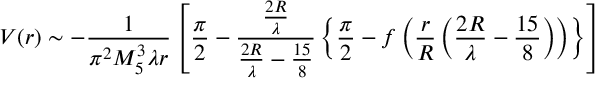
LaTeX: V ( r ) \sim - \frac { 1 } { \pi ^ { 2 } M _ { 5 } ^ { 3 } \lambda r } \left[ \frac { \pi } { 2 } - \frac { \frac { 2 R } { \lambda } } { \frac { 2 R } { \lambda } - \frac { 1 5 } { 8 } } \left\{ \frac { \pi } { 2 } - f \left( \frac { r } { R } \left( \frac { 2 R } { \lambda } - \frac { 1 5 } { 8 } \right) \right) \right\} \right]